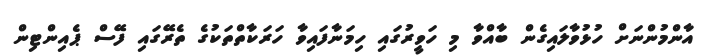
އާންމުންނަށް ހުޅުވާލައިގެން ބާއްވާ މި ހަވީރުގައި ހިމަނާފައިވާ ހަރަކާތްތަކުގެ ތެރޭގައި ފޭސް ޕެއިންޓިން